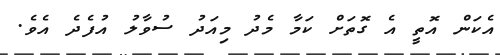
އެކަން އޮތީ އެ ގޮތަށް ކަމާ މެދު މިއަދު ސުވާލު އުފެދެ އެވެ.